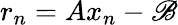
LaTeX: r_{n}=Ax_{n}-\mathscr{B}